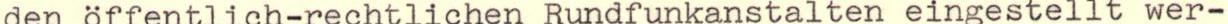
den öffentlich-rechtlichen Rundfunkanstalten eingestellt wer-